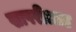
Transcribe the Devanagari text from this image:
खापरीआड